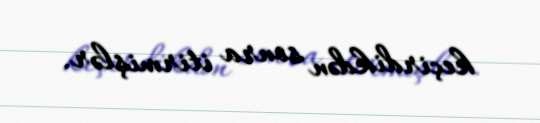
keçirdikdən sonra itirmişlər.